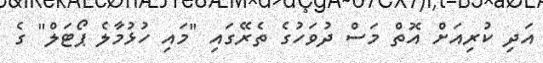
އަދި ކުރިއަށް އޮތް މަސް ދުވަހުގެ ތެރޭގައި "މައި ހުޅުމާލެ ޕޯޓަލް" ގެ